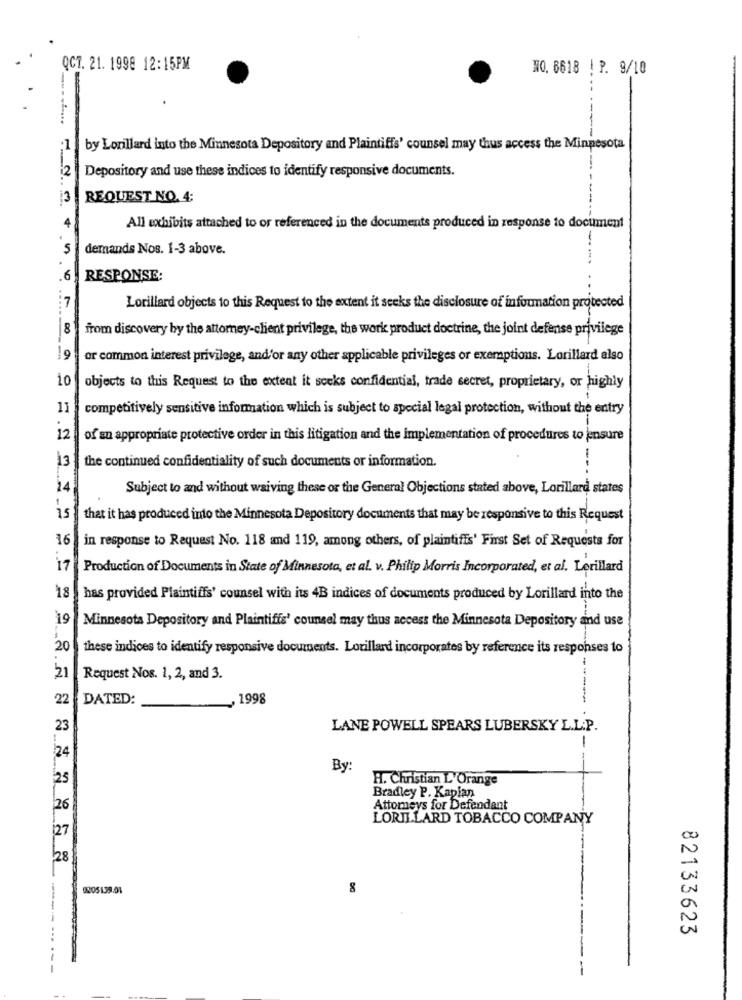
QCT. 21. 1998 12:15PM
NO.6618 ! P. 9/10
-
-
by Lonillard into the Minnesota Depository and Plaintiffs' counsel may thus access the Minnesota
2
Depository and use these indices to identify responsive documents.
3
REQUEST NO. 4:
All exhibits attached to or referenced in the documents produced in response to document
demands Nos. 1-3 above.
.6
RESPONSE:
7
.....
Lorillard objects to this Request to the extent it seeks the disclosure of information protected
8
from discovery by the attorney-client privilege, the work product doctrine, the joint defense privilege
9
-
or common interest privilege, and/or any other applicable privileges or exemptions. Lorillard also
io
objects to this Request to the extent it seeks confidential, trade secret, proprietary, or highly
11
competitively sensitive information which is subject to special legal protection, without the entry
12
of an appropriate protective order in this litigation and the implementation of procedures to jensure
13
the continued confidentiality of such documents or information.
-
14
Subject to and without waiving these or the General Objections stated above, Lorillard states
15
that it has produced into the Minnesota Depository documents that may be responsive to this Request
16
in response to Request No. 118 and 119, among others, of plaintiffs' First Set of Requests for
17
Production of Documents in State of Minnesota, et al. v. Philip Morris Incorporated, et al. Lorillard
18
has provided Plaintiffs' counsel with its 4B indices of documents produced by Lorillard into the
19
Minnesota Depository and Plaintiffs' counsel may thus access the Minnesota Depository and use
20
these indices to identify responsive documents. Lorillard incorporates by reference its responses to
-
21
Request Nos. 1, 2, and 3.
22
DATED:
„ 1998
23
LANE POWELL SPEARS LUBERSKY L.L.P.
24
By:
25
H. Christian L'Orange
Bradley P. Kaplan
26
Attorneys for Defendant
LORILLARD TOBACCO COMPANY
127
28
92051.79.01
82133623
-